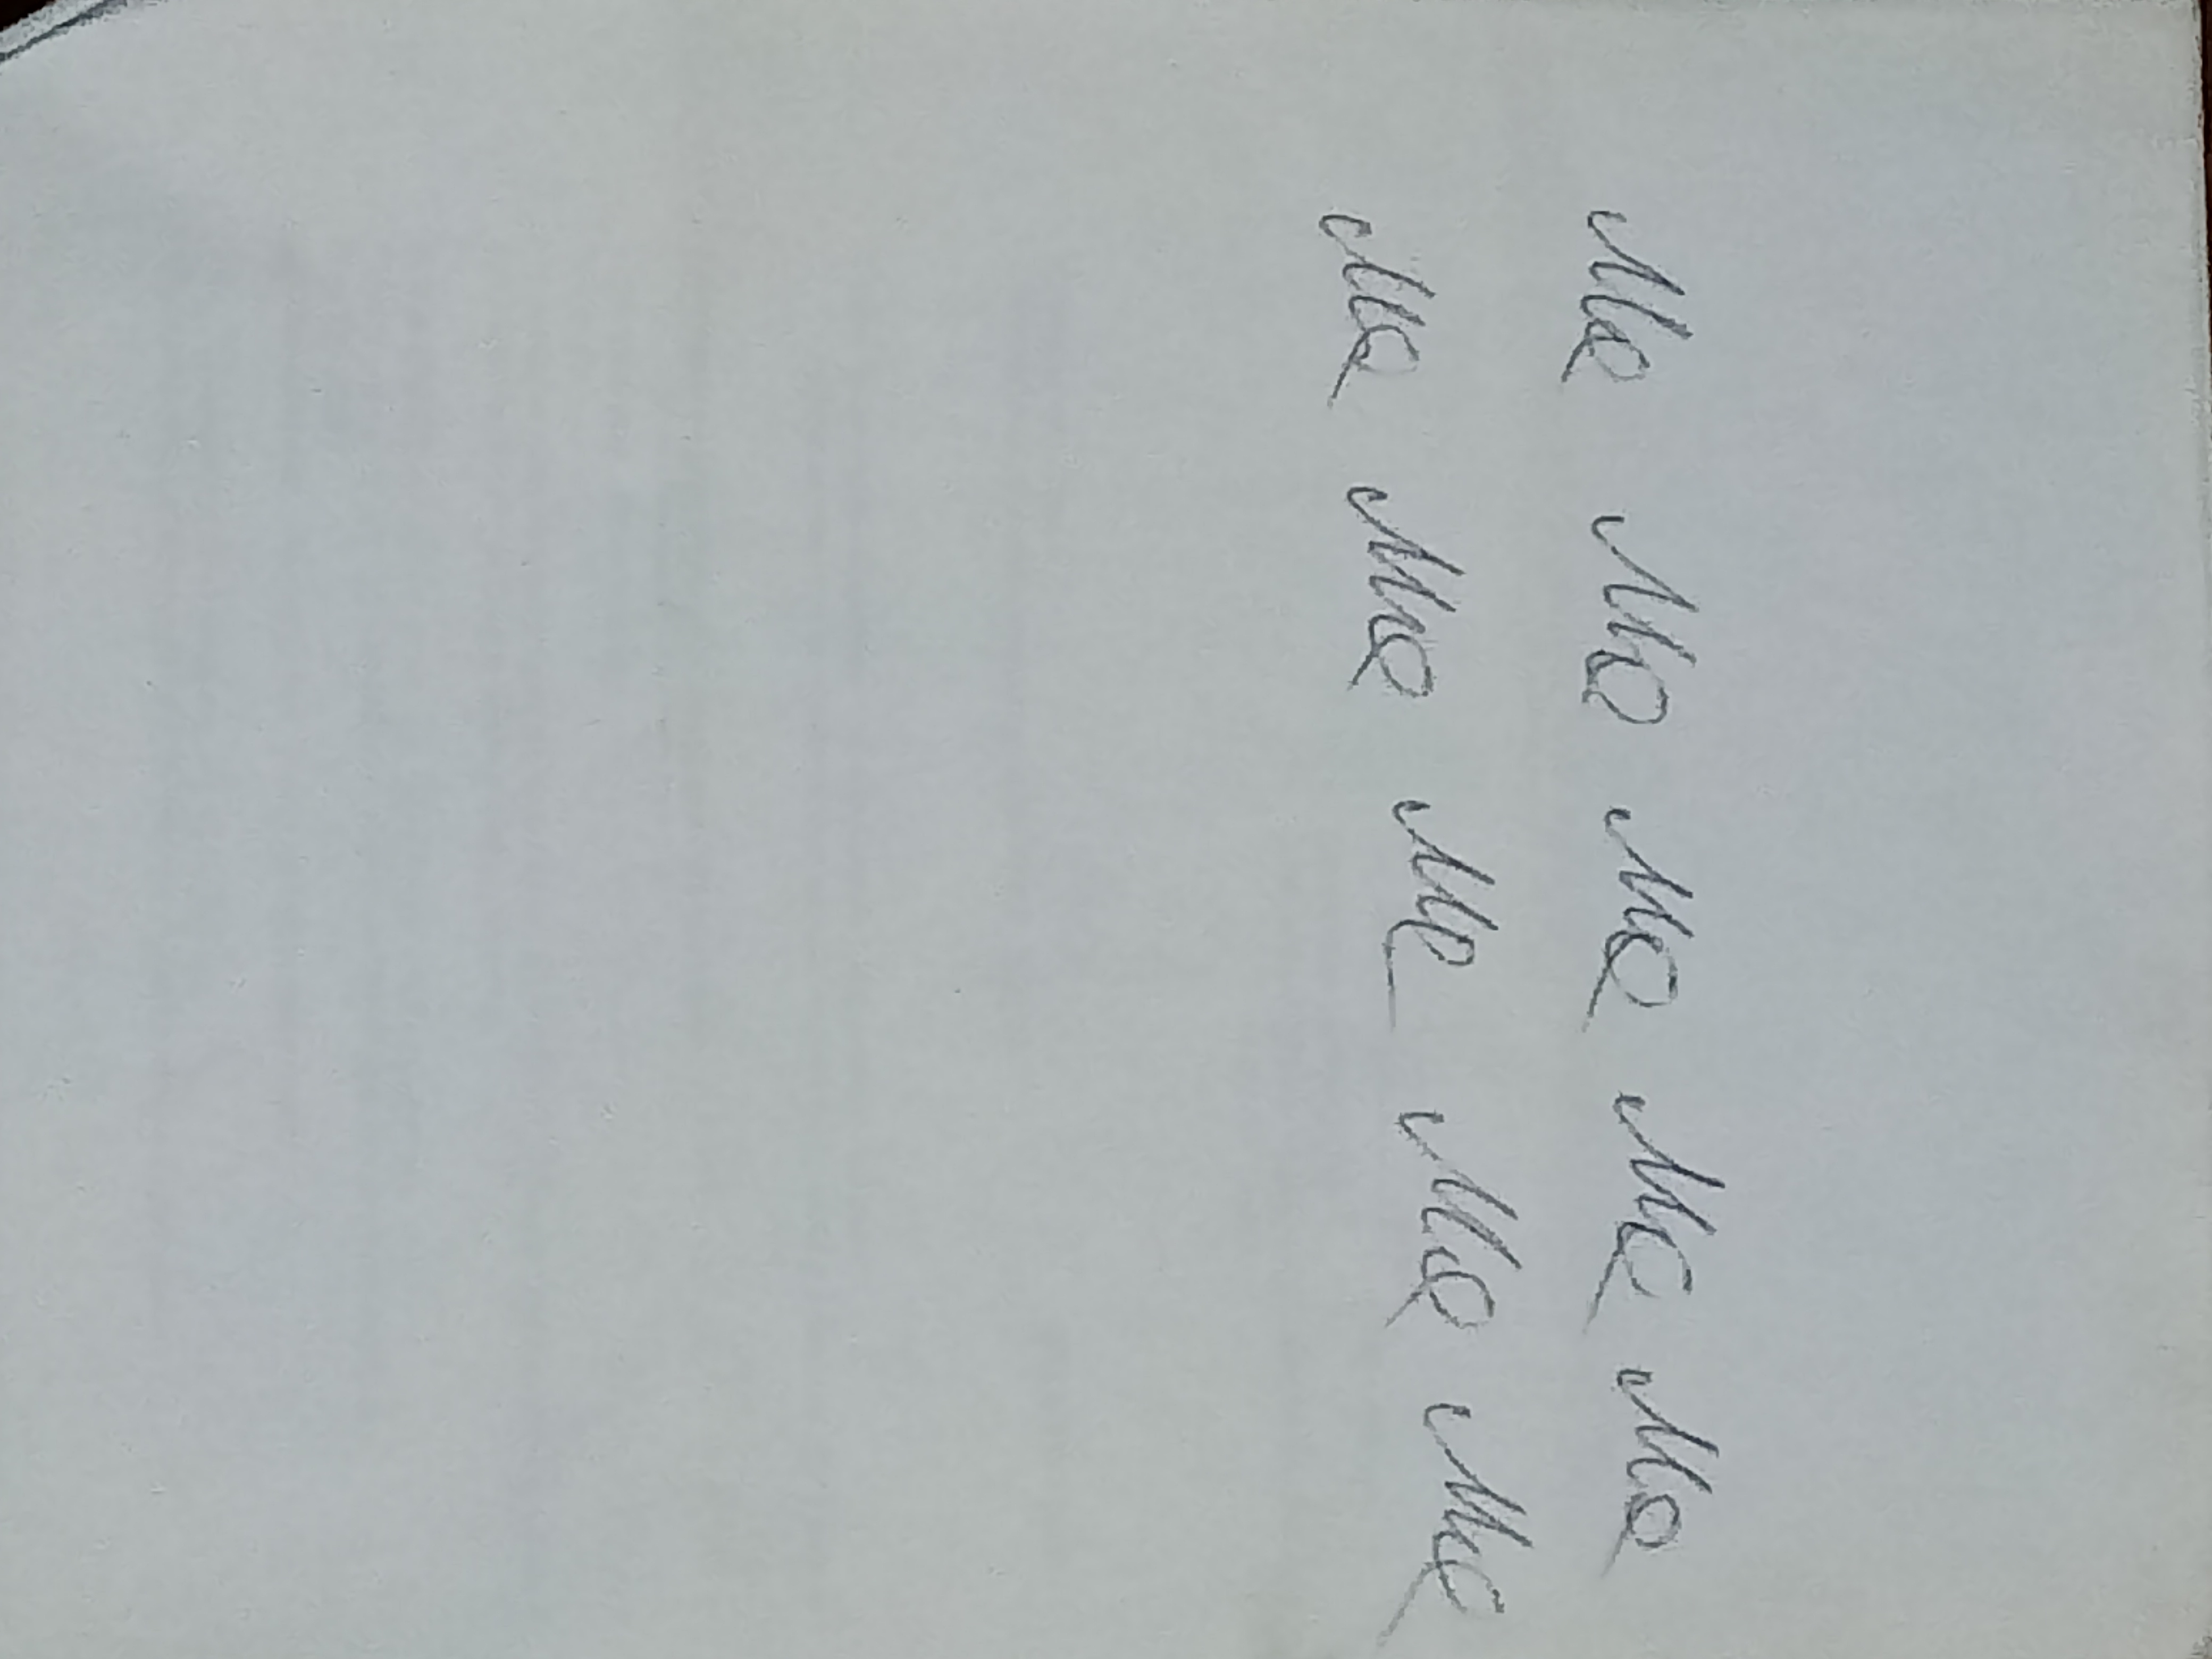
Signature authenticity: genuine